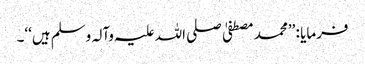
فرمایا : ’’محمد مصطفیٰ صلی اللہ علیہ وآلہ وسلم ہیں‘‘۔